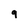
Character: 9